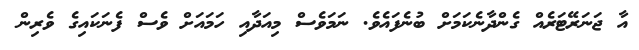
އާ ޖަނަރޭޓަރެއް ގެންދާނެކަމަށް ބުނެފައެވެ. ނަމަވެސް މިއަދާއި ހަމައަށް ވެސް ފެނަކައިގެ ވެރިން